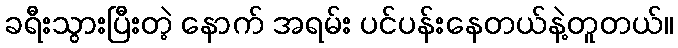
ခရီးသွားပြီးတဲ့ နောက် အရမ်း ပင်ပန်းနေတယ်နဲ့တူတယ်။